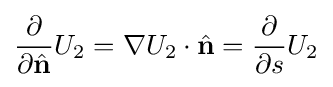
{\frac {\partial }{\partial {\hat {\mathbf {n} }}}}U_{2}=\nabla U_{2}\cdot {\hat {\mathbf {n} }}={\frac {\partial }{\partial s}}U_{2}